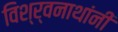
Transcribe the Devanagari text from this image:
विश्र्वनाथांनी